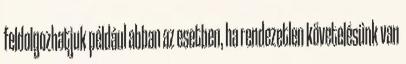
feldolgozhatjuk például abban az esetben, ha rendezetlen követelésünk van